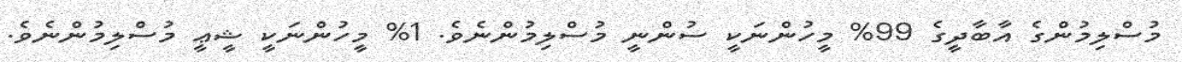
މުސްލިމުންގެ އާބާދީގެ 99% މީހުންނަކީ ސުންނީ މުސްލިމުންނެވެ. 1% މީހުންނަކީ ޝީޢީ މުސްލިމުންނެވެ.